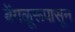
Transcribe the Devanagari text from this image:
बेंगळूरूपासून